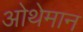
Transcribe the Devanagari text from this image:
ओथेमान